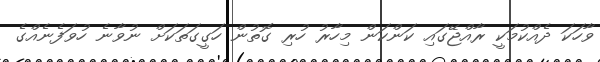
ވާހަކަ ދެއްކުމަކީ ރާއްޖޭގައި ކަންކަން މިހާރު ހުރި ގޮތުން ހަގީގަތަކަށް ނުވާނެ ހުވަފެނެއްގެ